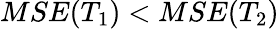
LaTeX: MSE(T_{1})<MSE(T_{2})